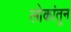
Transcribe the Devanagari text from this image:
लोकांतून